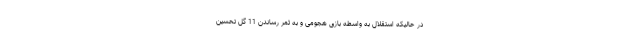
در حالیکه استقلال به واسطه بازی هجومی و به ثمر رساندن 11 گل تحسین